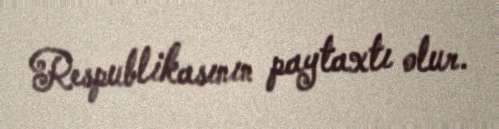
Respublikasının paytaxtı olur.